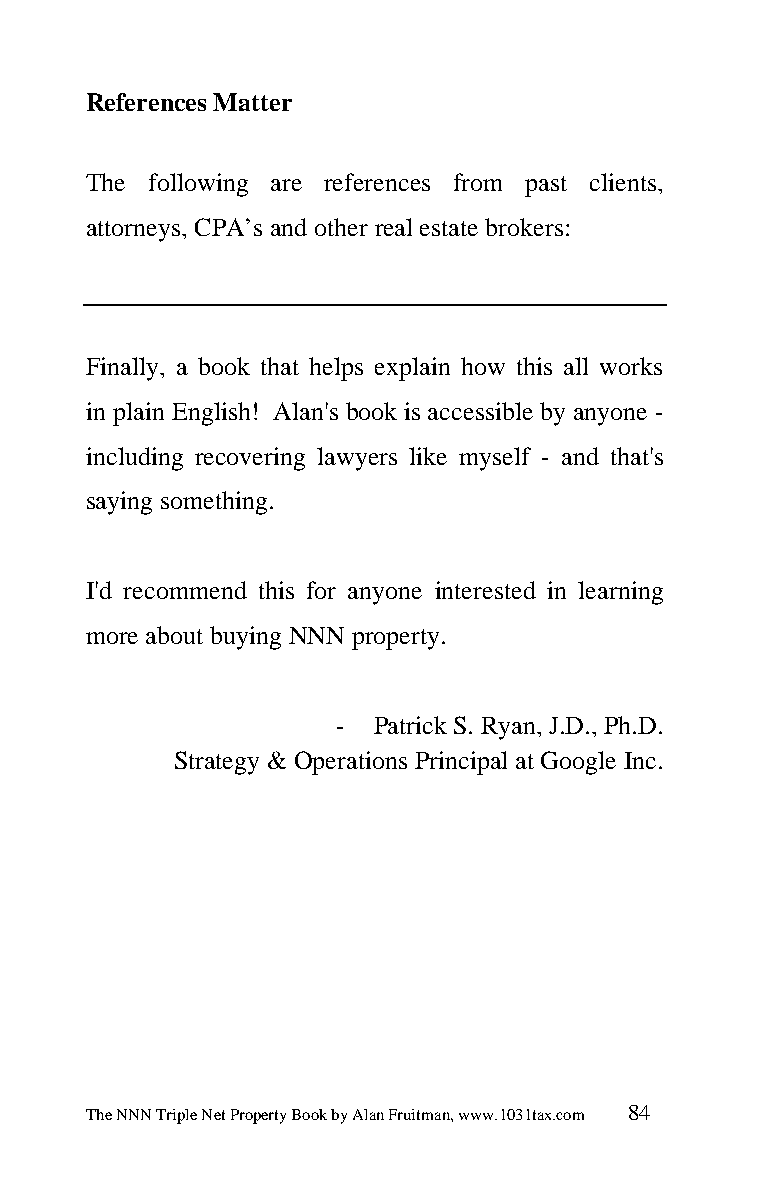
References Matter
 The following are references from past clients,
 attorneys, CPA’s and other real estate brokers:
 Finally, a book that helps explain how this all works
 in plain English! Alan's book is accessible by anyone -
 including recovering lawyers like myself - and that's
 saying something.
 I'd recommend this for anyone interested in learning
 more about buying NNN property.
 - Patrick S. Ryan, J.D., Ph.D.
 Strategy & Operations Principal at Google Inc.
 The NNN Triple Net Property Book by Alan Fruitman, www.1031tax.com 84